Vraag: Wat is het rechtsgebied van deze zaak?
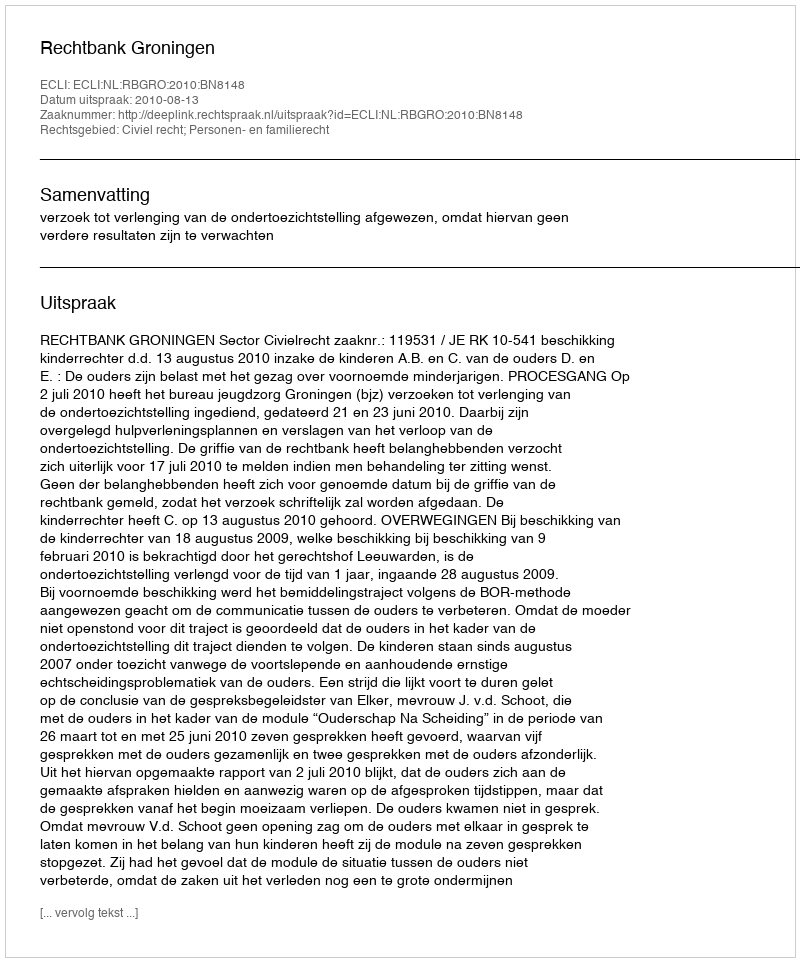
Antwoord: Civiel recht; Personen- en familierecht